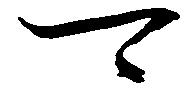
可